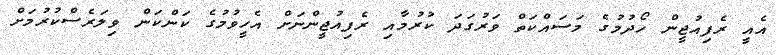
އެއީ ރެފިއުޖީން ހޯދުމުގެ މަސައްކަތް ވަރުގަދަ ކުރުމާއި ރެފިއުޖީންނަށް އެހީވުމުގެ ކަންކަން ވިލަރެސްކުރުމަށް